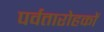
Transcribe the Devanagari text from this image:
पर्वतारोहकों